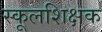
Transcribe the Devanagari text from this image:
स्कूलशिक्षक